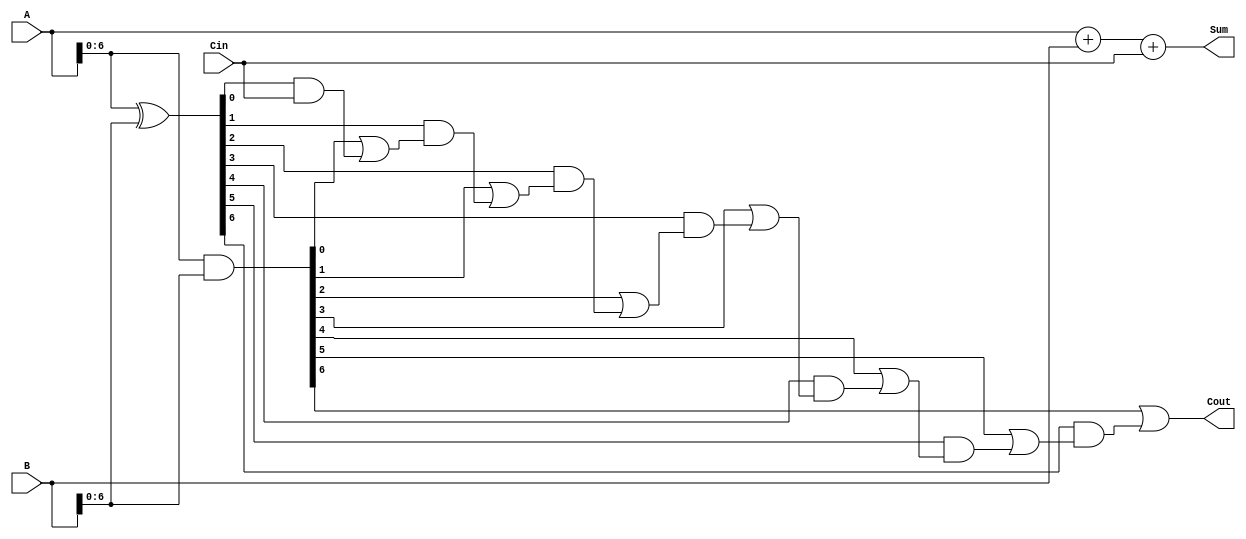
module CarrySkipAdder (
    input [7:0] A,
    input [7:0] B,
    input Cin,
    output [7:0] Sum,
    output Cout
);

wire [7:0] P, G;
wire [6:0] C;

// Generate P and G signals
assign P = A ^ B;
assign G = A & B;

// Calculate the carry signals
assign C[0] = G[0] | (P[0] & Cin);
assign C[1] = G[1] | (P[1] & C[0]);
assign C[2] = G[2] | (P[2] & C[1]);
assign C[3] = G[3] | (P[3] & C[2]);
assign C[4] = G[4] | (P[4] & C[3]);
assign C[5] = G[5] | (P[5] & C[4]);
assign C[6] = G[6] | (P[6] & C[5]);

// Calculate the sum output
assign Sum = A + B + Cin;

// Calculate the carry out
assign Cout = C[6];

endmodule